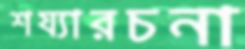
শয্যারচনা